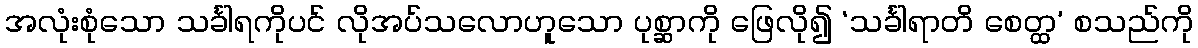
အလုံးစုံသော သင်္ခါရကိုပင် လိုအပ်သလောဟူသော ပုစ္ဆာကို ဖြေလို၍ ‘သင်္ခါရာတိ စေတ္ထ’ စသည်ကို